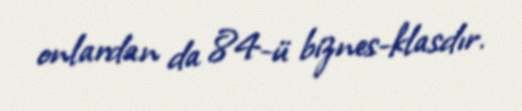
onlardan da 84-ü biznes-klasdır.